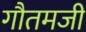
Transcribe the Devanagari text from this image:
गौतमजी